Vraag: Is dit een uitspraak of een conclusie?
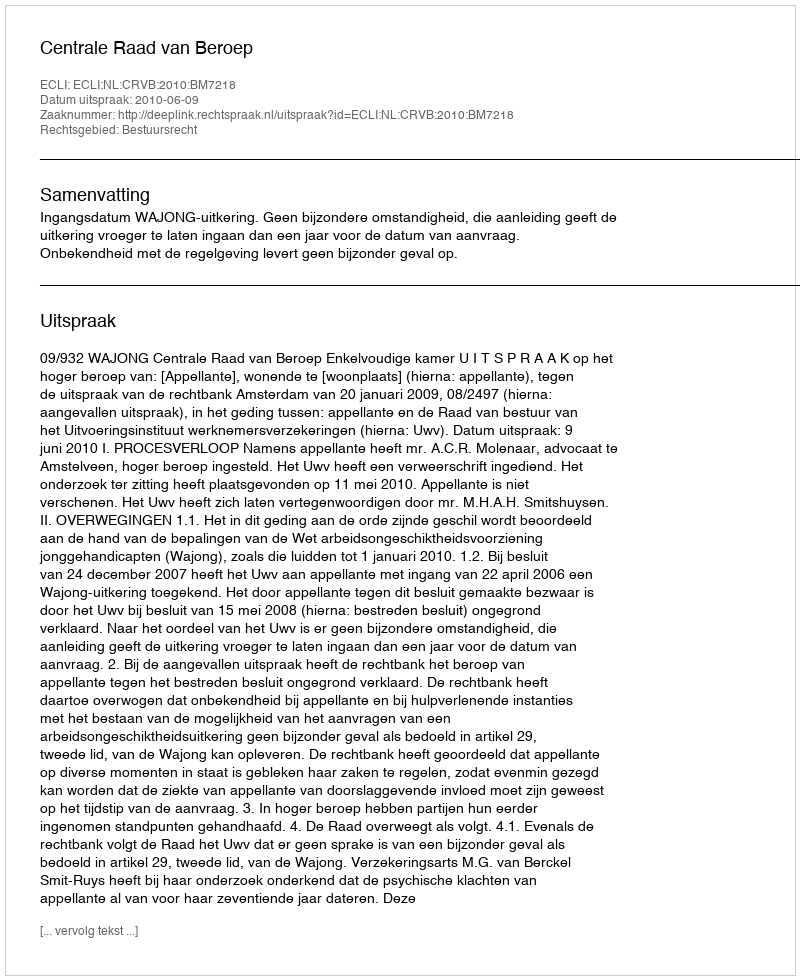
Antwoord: Uitspraak